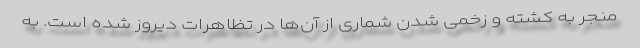
منجر به کشته و زخمی شدن شماری از آن‌ها در تظاهرات دیروز شده است. به